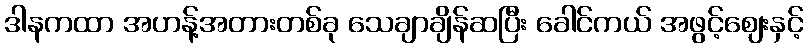
ဒါနကထာ အဟန့်အတားတစ်ခု သေချာချိန်ဆပြီး ခေါင်ကယ် အဖွင့်ဈေးနှင့်